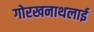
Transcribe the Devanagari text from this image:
गोरखनाथलाई